Report on the administration of the Government Cinchona Department 1892-98
Year: 1892
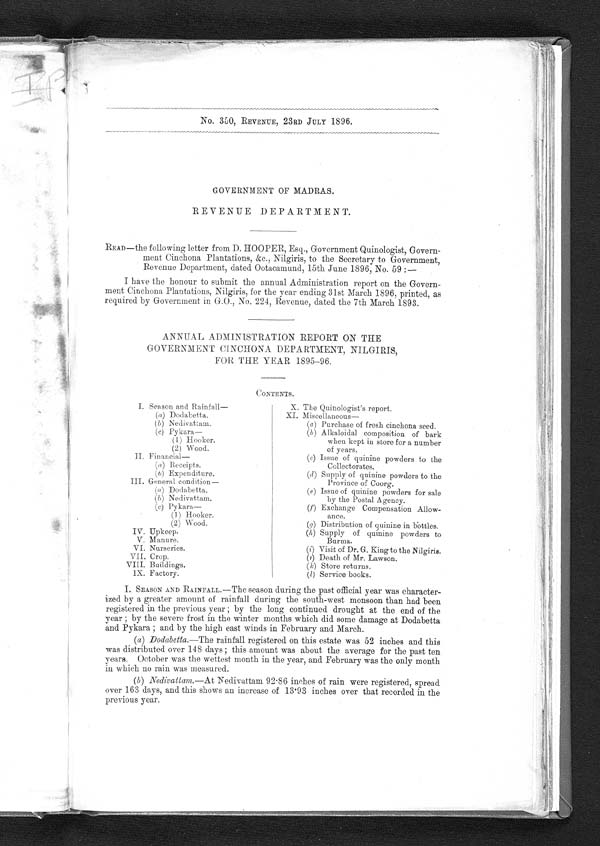
No. 350, REVENUE, 23RD JULY 1896.
GOVERNMENT OF MADRAS.
REVENUE DEPARTMENT.
READ—the following letter from D. HOOPER, Esq., Government Quinologist, Govern-
ment Cinchona Plantations, &c., Nilgiris, to the Secretary to Government,
Revenue Department, dated Ootacamund, 15th June 1896, No. 59 :—
I have the honour to submit the annual Administration report on the Govern-
ment Cinchona Plantations, Nilgiris, for the year ending 31st March 1896, printed, as
required by Government in G.O., No. 224, Revenue, dated the 7th March 1893.
ANNUAL ADMINISTRATION REPORT ON THE
GOVERNMENT CINCHONA DEPARTMENT, NILGIRIS,
FOR THE YEAR 1895-96.
CONTENTS.
I. Season and Rainfall—
(a) Dodabetta.
(b) Nedivattam.
(c) Pykara
— ( 1) Hooker.
(2) Wood.
II. Financial
(a ) Receipts.
(b) Expenditure.
III. General condition —
(a) Dodabetta.
(b) Nedivattam.
(c) Pykara
— (1)Hooker.
(2)Wood.
IV. Upkeep.
V. Manure.
VI. Nurseries.
VII. Crop.
VIII. Buildings.
IX. Factory.
X.
X. The Quinologist's report.
XI.Miscellaneous—
(a ) Purchase of fresh cinchona seed.
(b) Alkaloidal composition of bark
when kept in store for a number
of years.
(c) Issue of quinine powders to the
Collectorates.
(d) Supply of quinine powders to the
Province of Coorg.
(e) Issue of quinine powders for sale
by the Postal Agency.
(f) Exchange Compensation Allow-
ance.
(g) Distribution of quinine in bottles.
(h) Supply of quinine powders to
Burma.
(i) Visit of Dr. G. King to the Nilgiris.
(j) Death of Mr. Lawson.
( k) Store returns.
(1) Service books.
I. SEASON AND RAINFALL.—The season during the past official year was character-
ized by a greater amount of rainfall during the south-west monsoon than had been
registered in the previous year ; by the long continued drought at the end of the
year ; by the severe frost in the winter months which did some damage at Dodabetta
and Pykara ; and by the high east winds in February and March.
(a) Dodabetta.—The rainfall registered on this estate was 52 inches and this
was distributed over 148 days ; this amount was about the average for the past ten
years. October was the wettest month in the year, and February was the only month
in which no rain was measured
.
(b) Nedivattam.— At Nedivattam 92.86 inches of rain were registered, spread
over 163 days, and this shows an increase of 13.93 inches over that recorded in the
previous year.